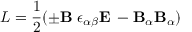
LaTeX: { \cal L } = { \frac { 1 } { 2 } } { ( { \pm \bf B _ { \alpha } } { \epsilon _ { { \alpha } { \beta } } } { \bf E _ { \beta } } - { \bf B } _ { \alpha } { \bf B } _ { \alpha } ) }